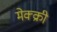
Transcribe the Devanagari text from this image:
मेक्क्री